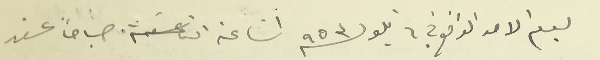
يوم الاحد الواقع في ٦ ايلول سنة ٩٥٣ الساعة التاسعة صباحاً عقد